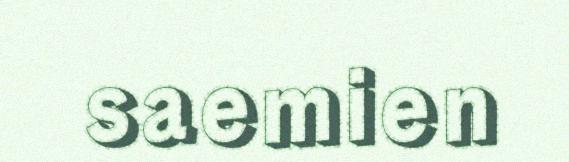
saemien